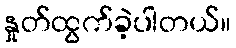
နှုတ်ထွက်ခဲ့ပါတယ်။